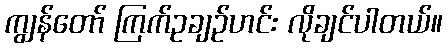
ကျွန်တော် ကြက်ဥချဉ်ဟင်း လိုချင်ပါတယ်။